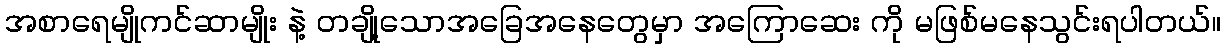
အစာရေမျိုကင်ဆာမျိုး နဲ့ တချို့သောအခြေအနေတွေမှာ အကြောဆေး ကို မဖြစ်မနေသွင်းရပါတယ်။